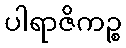
ပါရာဇိကဉ္စ